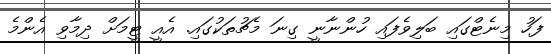
ފަހު މިނެޓްގައި ބަލިވެފައި ހުންނާނީ ގިނަ މެޗުތަކުގައި. އެއީ ޓީމަށް ދިމާވި އެންމެ